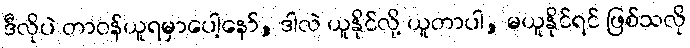
ဒီလိုပဲ တာဝန်ယူရမှာပေါ့နော်, ဒါလဲ ယူနိုင်လို့ ယူတာပါ, မယူနိုင်ရင် ဖြစ်သလို